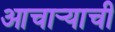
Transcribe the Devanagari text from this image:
आचार्‍याची